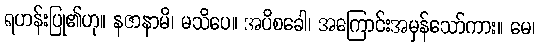
ရဟန်းပြု၏ဟု။ နဇာနာမိ၊ မသိပေ။ အပိစခေါ၊ အကြောင်းအမှန်သော်ကား။ မေ၊